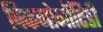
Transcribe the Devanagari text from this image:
पिकनोनॉटिडी